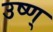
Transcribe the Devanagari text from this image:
उष्ण्